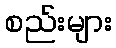
စည်းများ